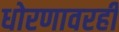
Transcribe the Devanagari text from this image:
धोरणावरही